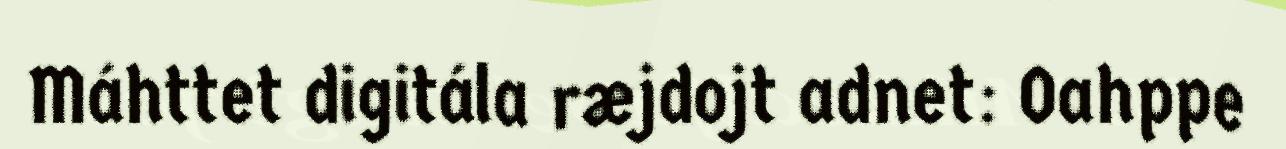
Máhttet digitála ræjdojt adnet: Oahppe